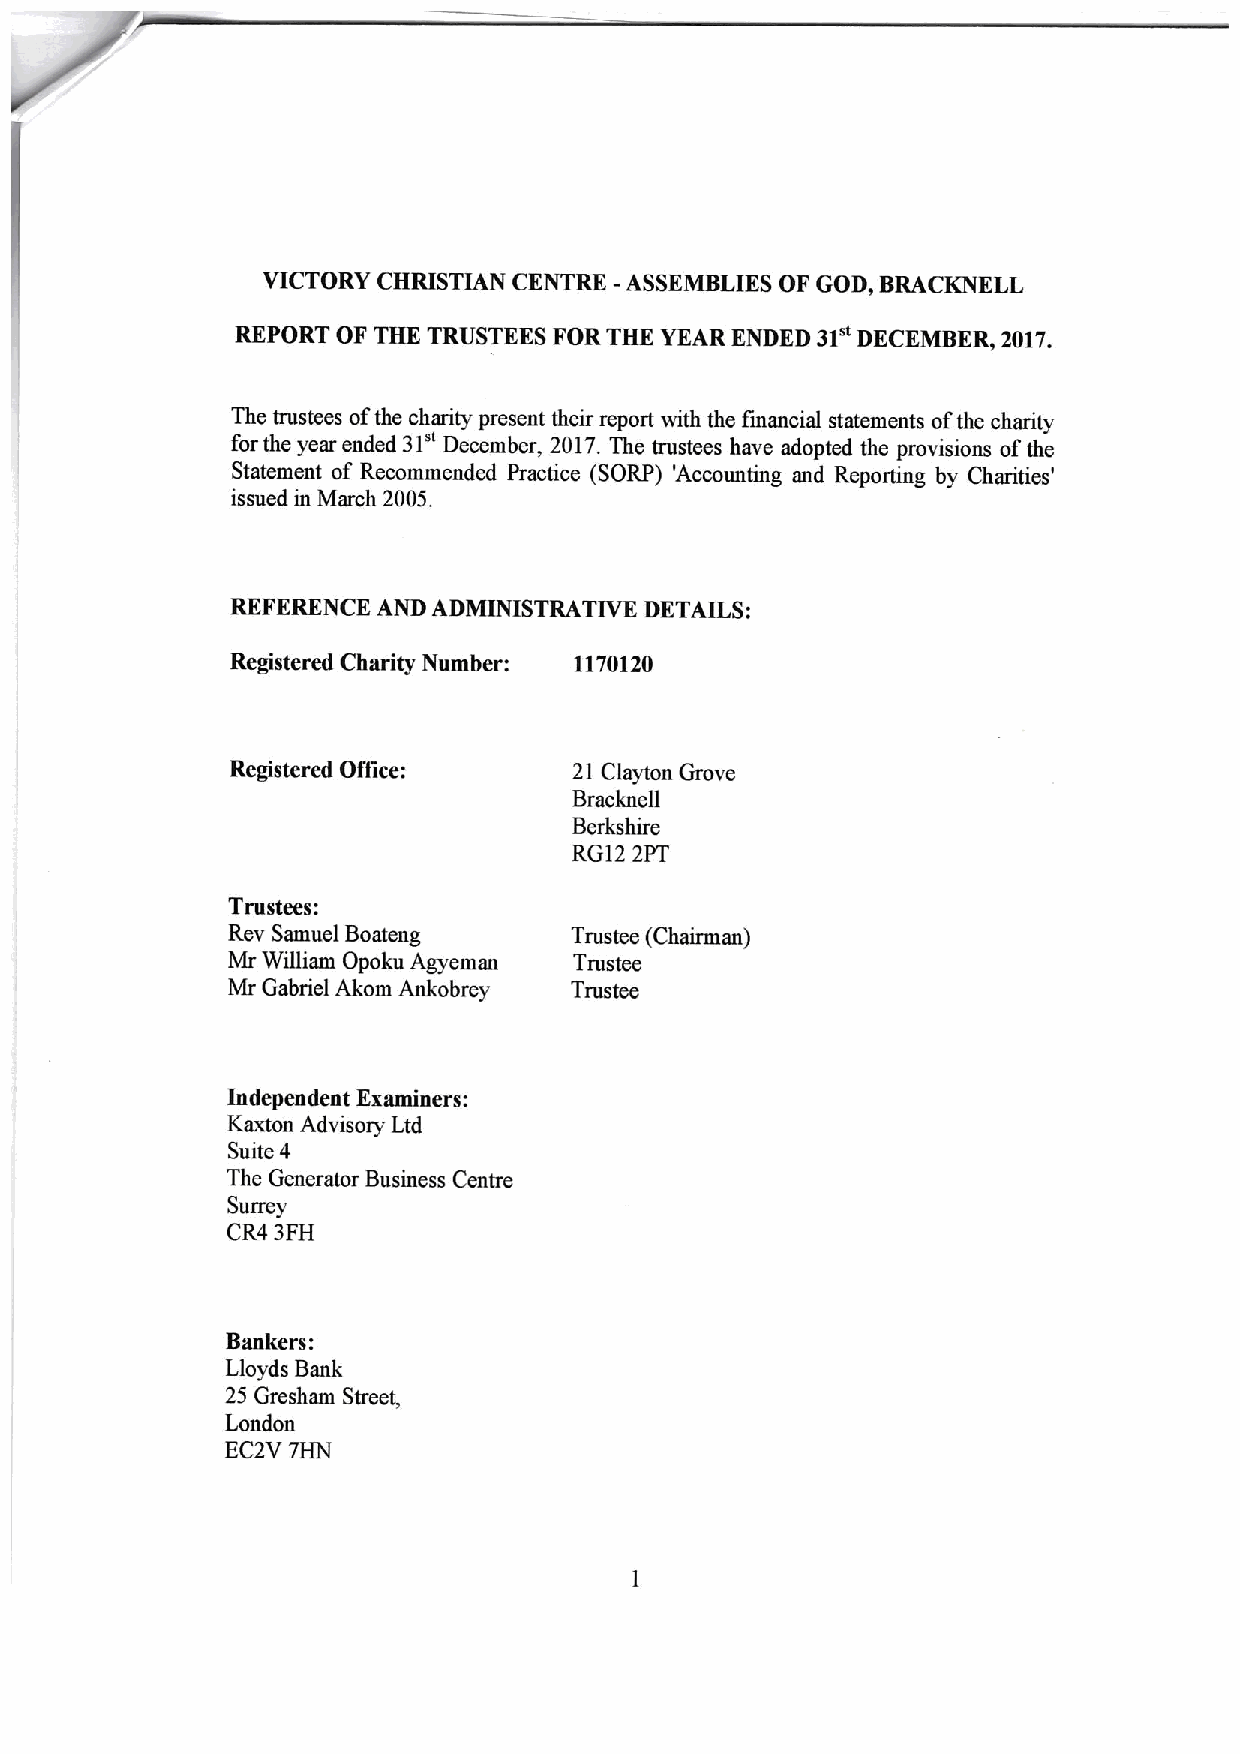
VICTORY CHRISTIAN CENTRE -ASSEMBLIES OF GOD, BRACKNELL
 REPORT OF THE TRUSTEES FOR THE YEAR ENDED 31" DECEMBER, 2017.
 The trustees ofthe charity present their report with the financial statements ofthe charity
 31"
 for the year ended December, 2017.The trustees have adopted the provisions ofthe
 Statement of Recommended Practice (SORP) 'Accounting and Reporting by Charities'
 issued in March 2005.
 REFERENCE AND ADMINISTRATIVE DETAILS:
 Registered Charity Number: 1170120
 Registered Oflice:     21 Clayton Grove
 Bracknell
 Berkshire
 RG12 2PT
 Trustees:
 Rev Samuel Boateng     Trustee (Chairman)
 Mr William Opoku Agyeman Trustee
 Mr Gabriel Akom Ankobrey Trustee
 Independent Examiners:
 Kaxton Advisory Ltd
 Suite 4
 The Generator Business Centre
 Surrey
 CR4 3FH
 Bankers:
 Lloyds Bank
 25 Gresham Street,
 London
 EC2V 7HN